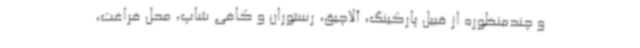
و چندمنظوره از قبیل پارکینگ، آلاچیق، رستوران و کافی شاپ، محل فراغت،